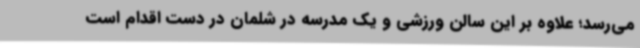
می‌رسد؛ علاوه بر این سالن ورزشی و یک مدرسه در شلمان در دست اقدام است